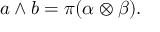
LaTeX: a \wedge b = \pi ( \alpha \otimes \beta ) .